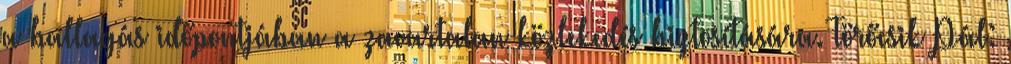
a ballagás időpontjában a zavartalan közlekedés biztosítására. Törőcsik Pál: